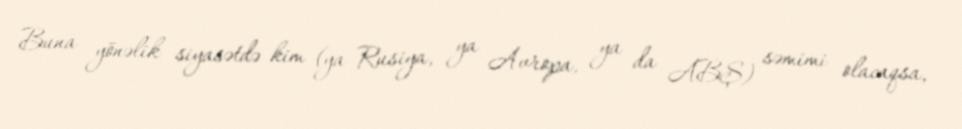
Buna yönəlik siyasətdə kim (ya Rusiya, ya Avropa, ya da ABŞ) səmimi olacaqsa,